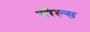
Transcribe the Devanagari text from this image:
गौल्स